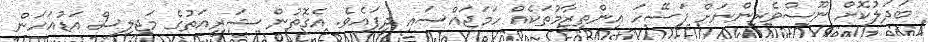
ބަދަލުކޮށް ނޫސްވެރިންނަށް ފަސޭހަ އިންތިޒާމުތަކެއް ހަމަޖައްސައި ދީފައެވެ. އެގޮތުން ޝަރީއަތުގެ މަޖިލިސް އަޑުއަހަން